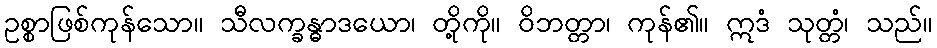
ဥစ္စာဖြစ်ကုန်သော။ သီလက္ခန္ဓာဒယော၊ တို့ကို။ ဝိဘတ္တာ၊ ကုန်၏။ ဣဒံ သုတ္တံ၊ သည်။